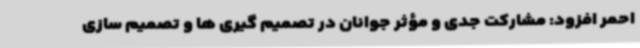
احمر افزود: مشارکت جدی و مؤثر جوانان در تصمیم گیری ها و تصمیم سازی